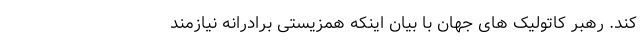
کند. رهبر کاتولیک های جهان با بیان اینکه همزیستی برادرانه نیازمند